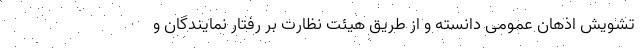
تشویش اذهان عمومی دانسته و از طریق هیئت نظارت بر رفتار نمایندگان و